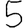
Digit: 5